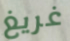
غريغ